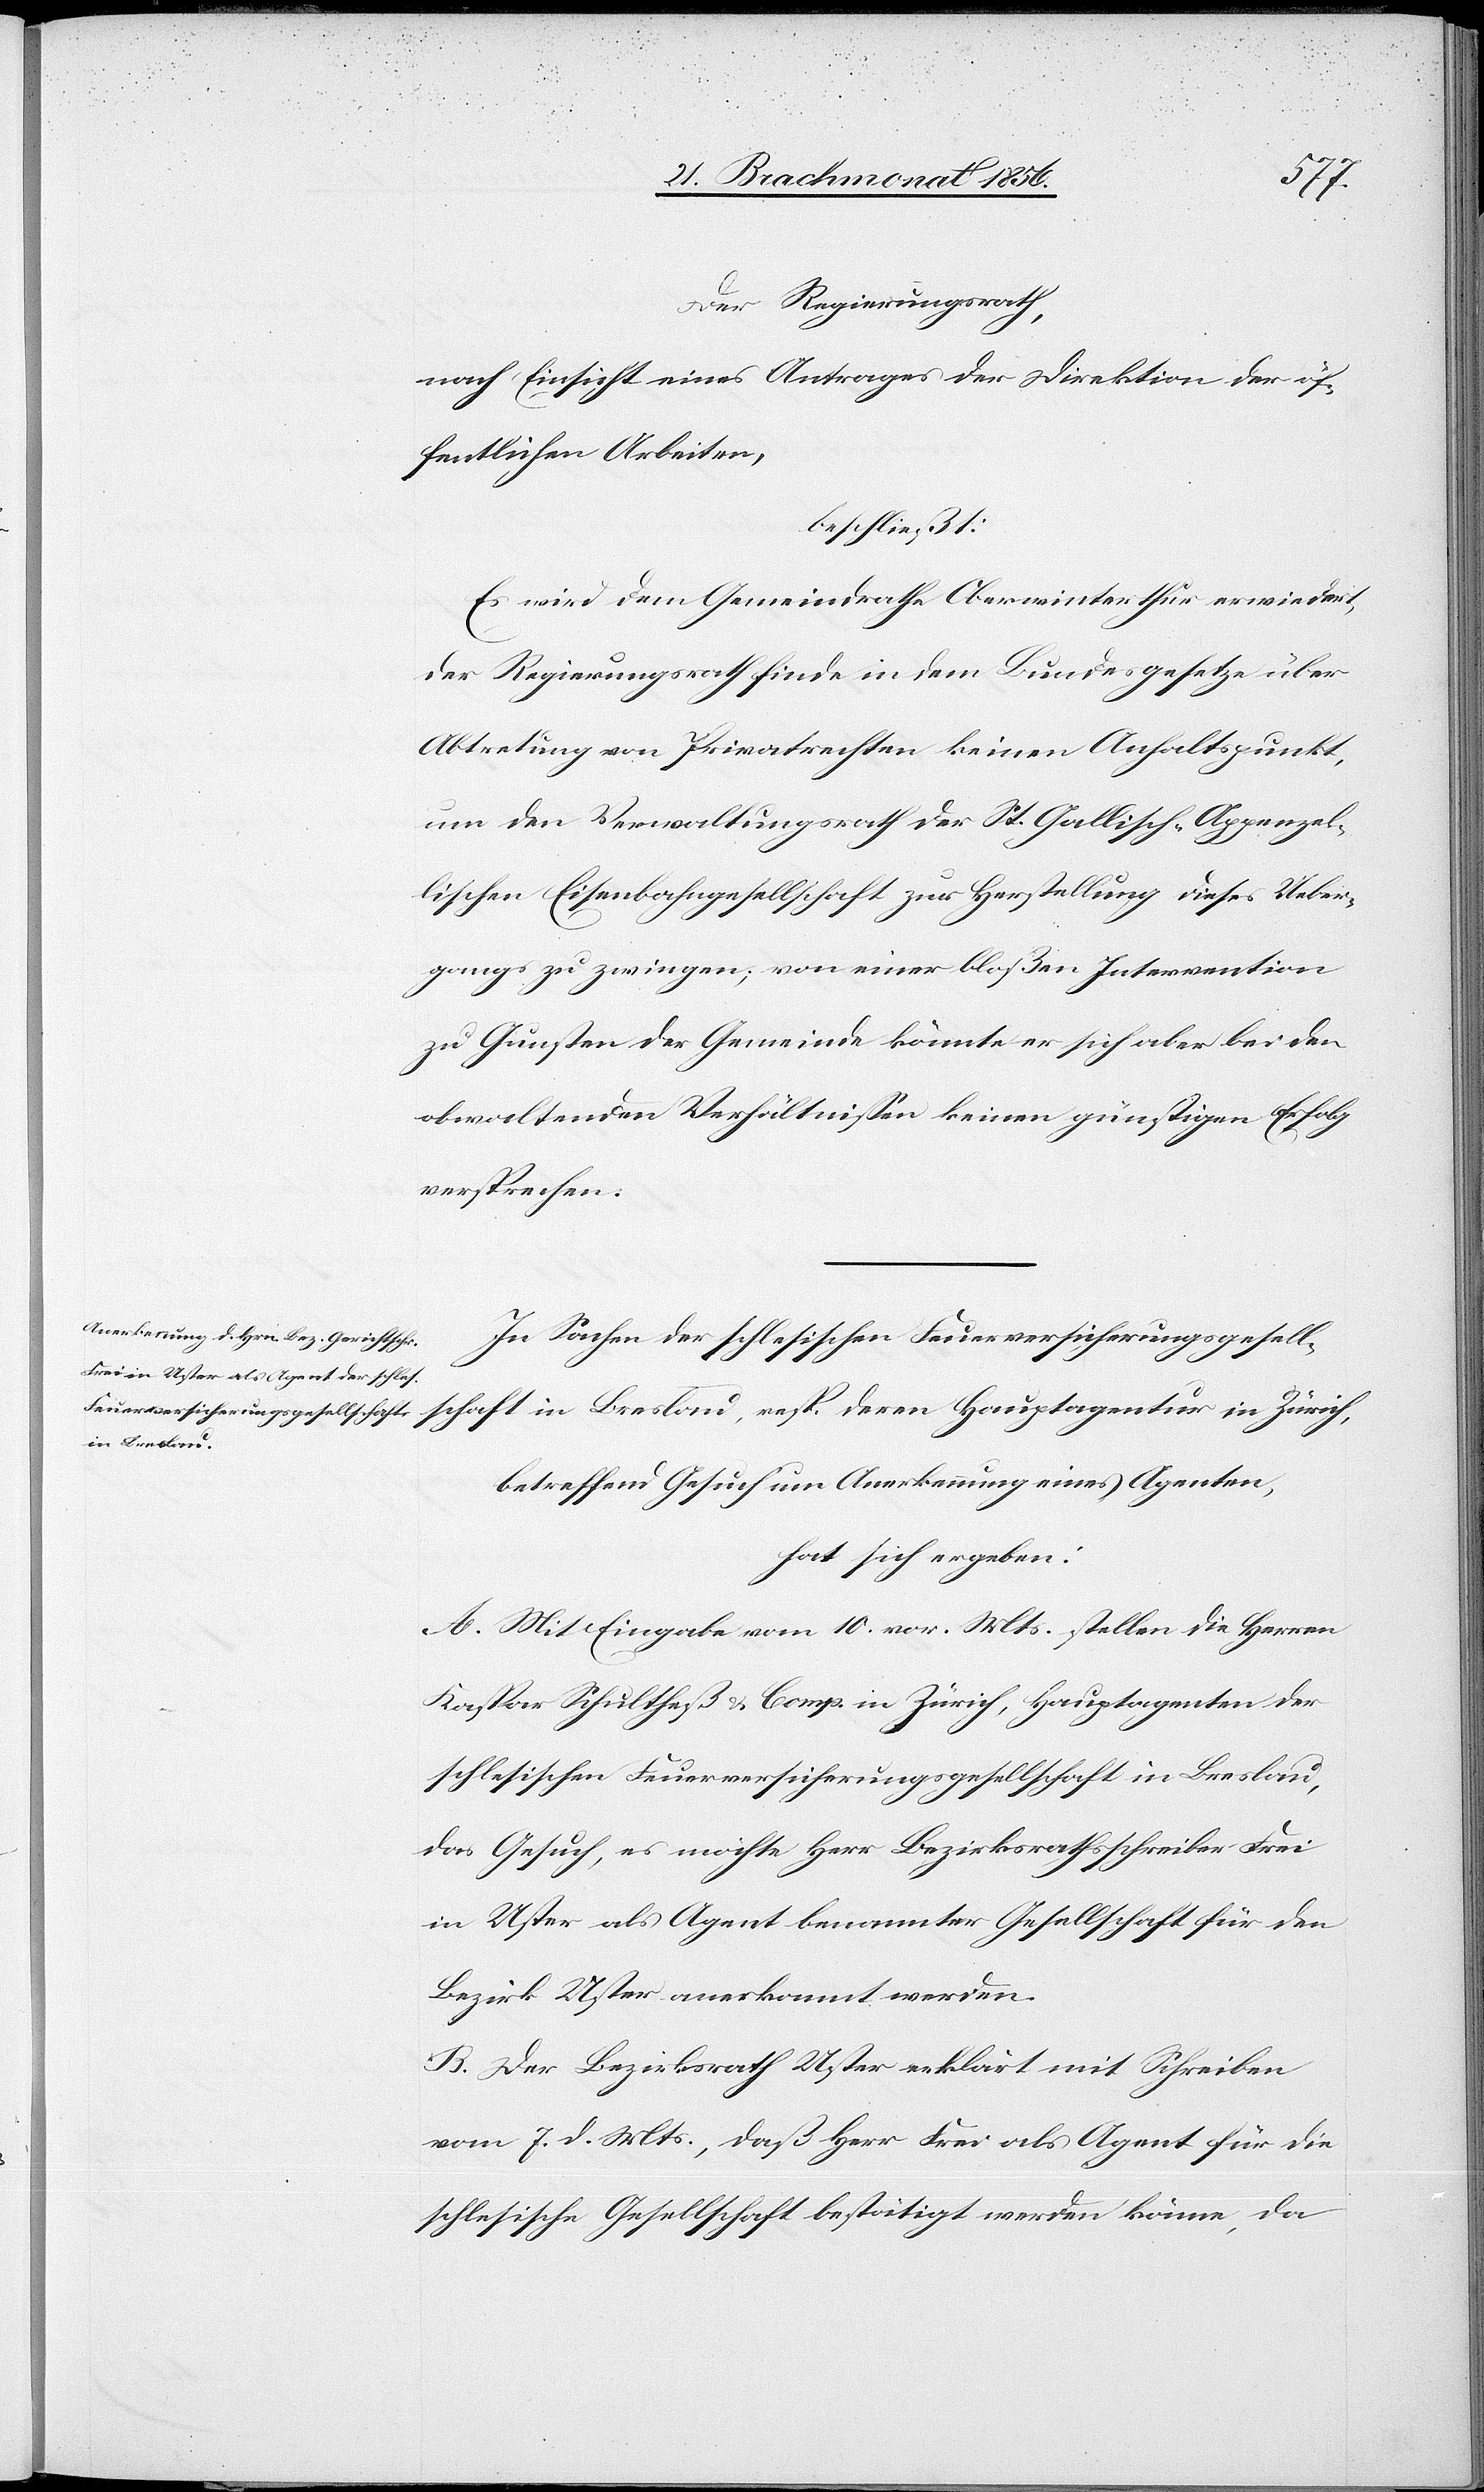
Der Regierungsrath,
nach Einsicht eines Antrages der Direktion der öf¬
fentlichen Arbeiten,
beschließt:
Es wird dem Gemeindrathe Oberwinterthur erwiedert,
der Regierungsrath finde in dem Bundesgesetze über
Abtretung von Privatrechten keinen Anhaltspunkt,
um den Verwaltungsrath der St. Gallisch-Appenzel¬
lischen Eisenbahngesellschaft zur Herstellung dieses Ueber¬
gangs zu zwingen; von einer bloßen Intervention
zu Gunsten der Gemeinde könnte er sich aber bei den
obwaltenden Verhältnissen keinen günstigen Erfolg
versprechen.
In Sachen der schlesischen Feuerversicherungsgesell¬
schaft in Breslau, resp. deren Hauptagentur in Zürich,
betreffend Gesuch um Anerkennung eines Agenten,
hat sich ergeben:
A. Mit Eingabe vom 10. vor. Mts stellen die Herren
Kaspar Schultheß & Comp. in Zürich, Hauptagenten der
schlesischen Feuerversicherungsgesellschaft in Breslau,
das Gesuch, es möchte Herr Bezirksrathsschreiber Frei
in Uster als Agent benannter Gesellschaft für den
Bezirk Uster anerkannt werden.
B. Der Bezirksrath Uster erklärt mit Schreiben
vom 7. d. Mts., daß Herr Frei als Agent für die
schlesische Gesellschaft bestätigt werden könne, da